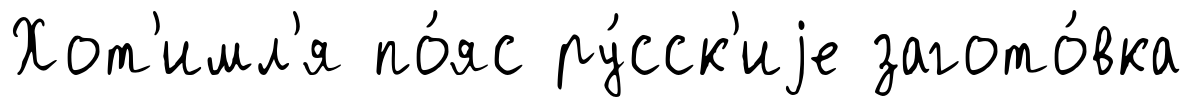
Хот'имл'я по́яс ру́сск'иjе загото́вка